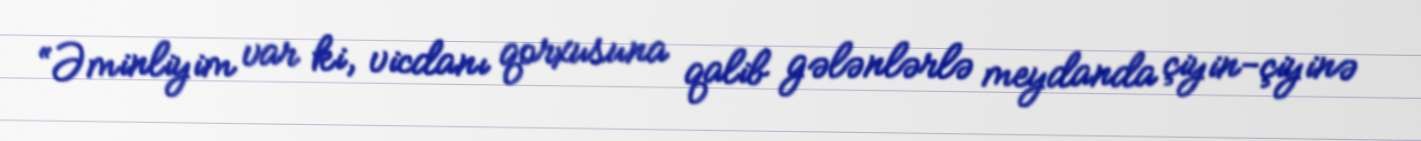
“Əminliyim var ki, vicdanı qorxusuna qalib gələnlərlə meydanda çiyin-çiyinə